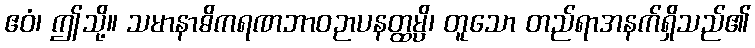
ဧဝံ၊ ဤသို့။ သမာနာဓိကရဏဘာဝဉာပနတ္ထမ္ပိ၊ တူသော တည်ရာအနက်ရှိသည်၏